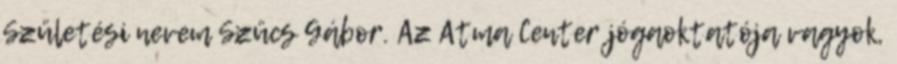
Születési nevem Szücs Gábor. Az Atma Center jógaoktatója vagyok,